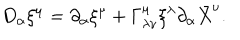
D _ { \alpha } \xi ^ { \mu } = \partial _ { \alpha } \xi ^ { \mu } + \Gamma _ { \lambda \nu } ^ { \mu } \xi ^ { \lambda } \partial _ { \alpha } \bar { X } ^ { \nu } .